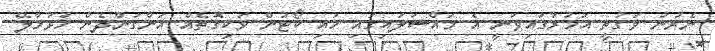
ނެރުނު ވަގުތީ އަމުރުގައިވަނީ އެ މައްސަލައިގައި ހައި ކޯޓުން ވަކިގޮތެއް އަންގަންދެން ހުޅުމާލޭ